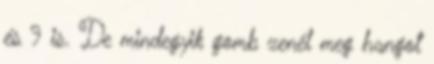
és 9 is. De mindegyik gomb zenél meg hangot